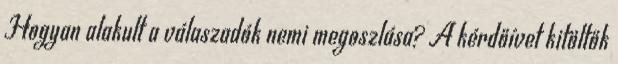
Hogyan alakult a válaszadók nemi megoszlása? A kérdőívet kitöltők